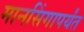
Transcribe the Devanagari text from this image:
मानसिंगापर्यंत